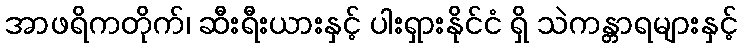
အာဖရိကတိုက်၊ ဆီးရီးယားနှင့် ပါးရှားနိုင်ငံ ရှိ သဲကန္တာရများနှင့်